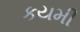
કયમી